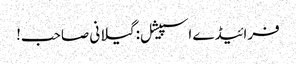
فرائیڈے اسپیشل: گیلانی صاحب!